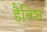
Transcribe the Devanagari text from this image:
हैनिश